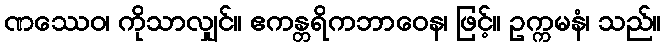
ဏဿေဝ၊ ကိုသာလျှင်။ ဧကန္တရိကဘာဝေန၊ ဖြင့်။ ဥက္ကမနံ၊ သည်။